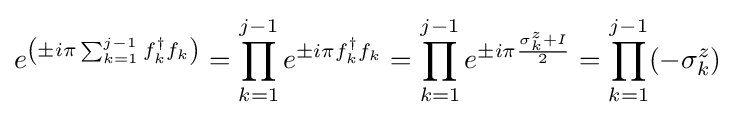
e^{\left(\pm i\pi \sum _{k=1}^{j-1}f_{k}^{\dagger }f_{k}\right)}=\prod _{k=1}^{j-1}e^{\pm i\pi f_{k}^{\dagger }f_{k}}=\prod _{k=1}^{j-1}{e^{\pm i\pi {\frac {\sigma _{k}^{z}+I}{2}}}}=\prod _{k=1}^{j-1}(-\sigma _{k}^{z})